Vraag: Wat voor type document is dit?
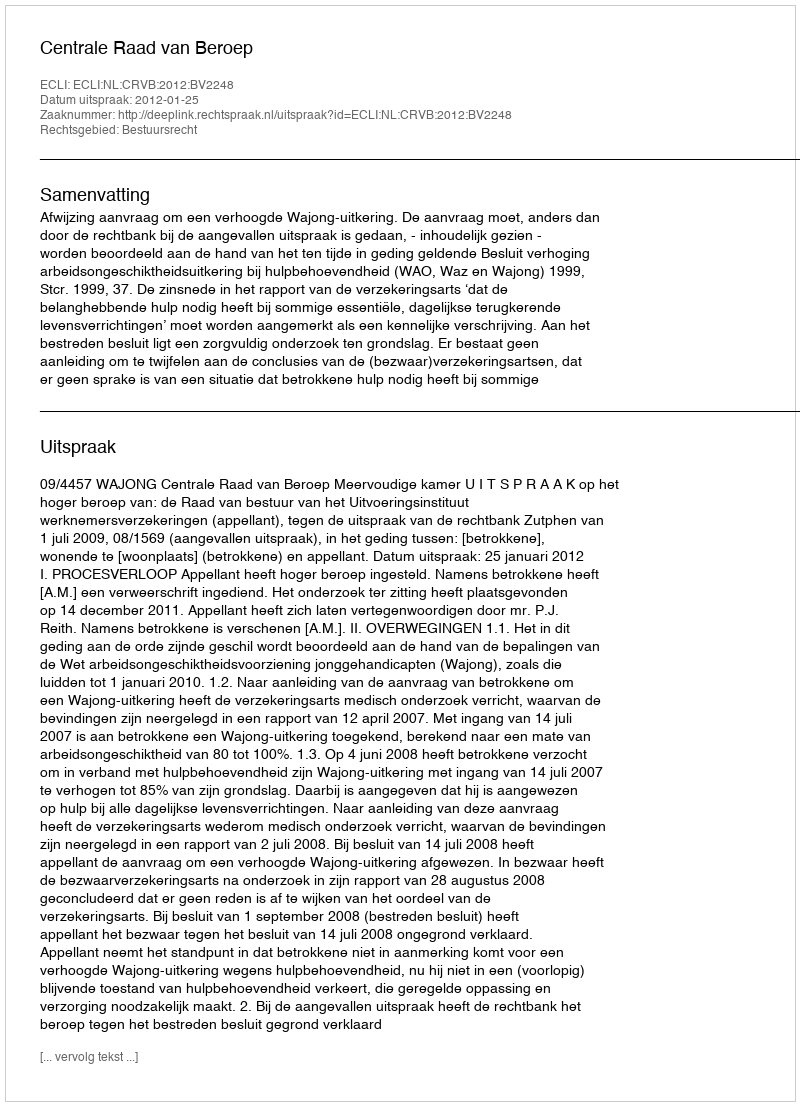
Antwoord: Uitspraak